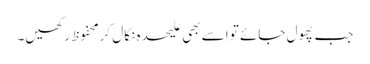
جب پھول جائے تو اِسے بھی علیحدہ نکال کرمحفوظ رکھیں۔